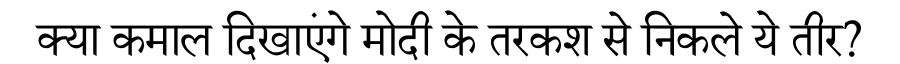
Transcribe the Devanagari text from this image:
क्या कमाल दिखाएंगे मोदी के तरकश से निकले ये तीर?